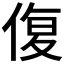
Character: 𮰁